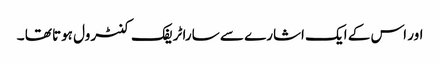
اور اس کے ایک اشارے سے سارا ٹریفک کنٹرول ہوتا تھا ۔